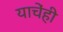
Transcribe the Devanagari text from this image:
याचेंही